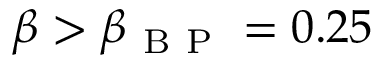
\beta > \beta _ { \mathrm { ~ B ~ P ~ } } = 0 . 2 5